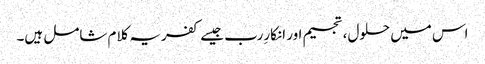
اس میں حلول، تجسیم اور انکارِرب جیسے کفریہ کلام شامل ہیں۔